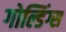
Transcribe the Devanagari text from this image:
गोल्डिंग्स